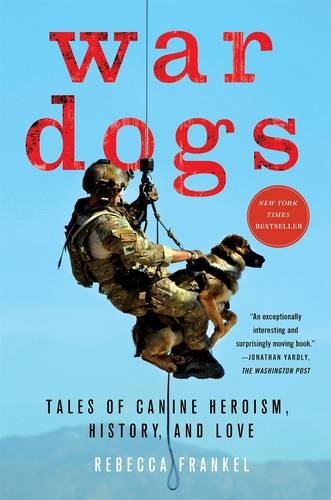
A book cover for War Dogs: Tales of Canine Heroism, History, and Love; Rebecca Frankel; History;